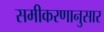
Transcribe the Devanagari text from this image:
समीकरणानुसार